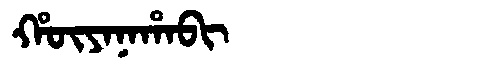
Manchu: ᡥᡡᠶᠠᠨᠠᡥᠠᠪᡳ
Romanization: HŪYANAHABI